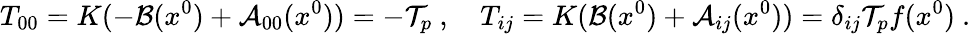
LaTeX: T_{00}=K(-{\cal B}(x^{0})+{\cal A}_{00}(x^{0}))=-{\cal T}_{p}~,~~~~T_{ij}=K({\cal B}(x^{0})+{\cal A}_{ij}(x^{0}))=\delta_{ij}{\cal T}_{p}f(x^{0})~.